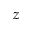
z